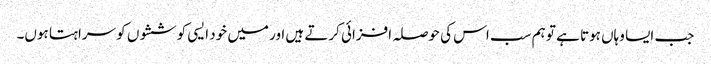
جب ایسا وہاں ہوتا ہے تو ہم سب اس کی حوصلہ افزائی کرتے ہیں اور میں خود ایسی کوششوں کو سراہتا ہوں۔